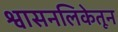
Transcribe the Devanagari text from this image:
श्वासनलिकेतून